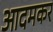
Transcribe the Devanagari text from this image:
आदमकर